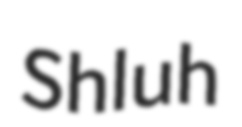
Shluh